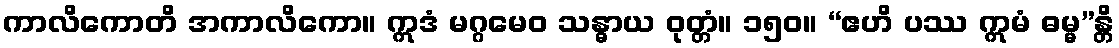
ကာလိကောတိ အကာလိကော။ ဣဒံ မဂ္ဂမေဝ သန္ဓာယ ဝုတ္တံ။ ၁၅၀။ “ဧဟိ ပဿ ဣမံ ဓမ္မ”န္တိ